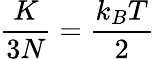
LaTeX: \displaystyle{\frac{K}{3N}}={\frac{k_{B}T}{2}}